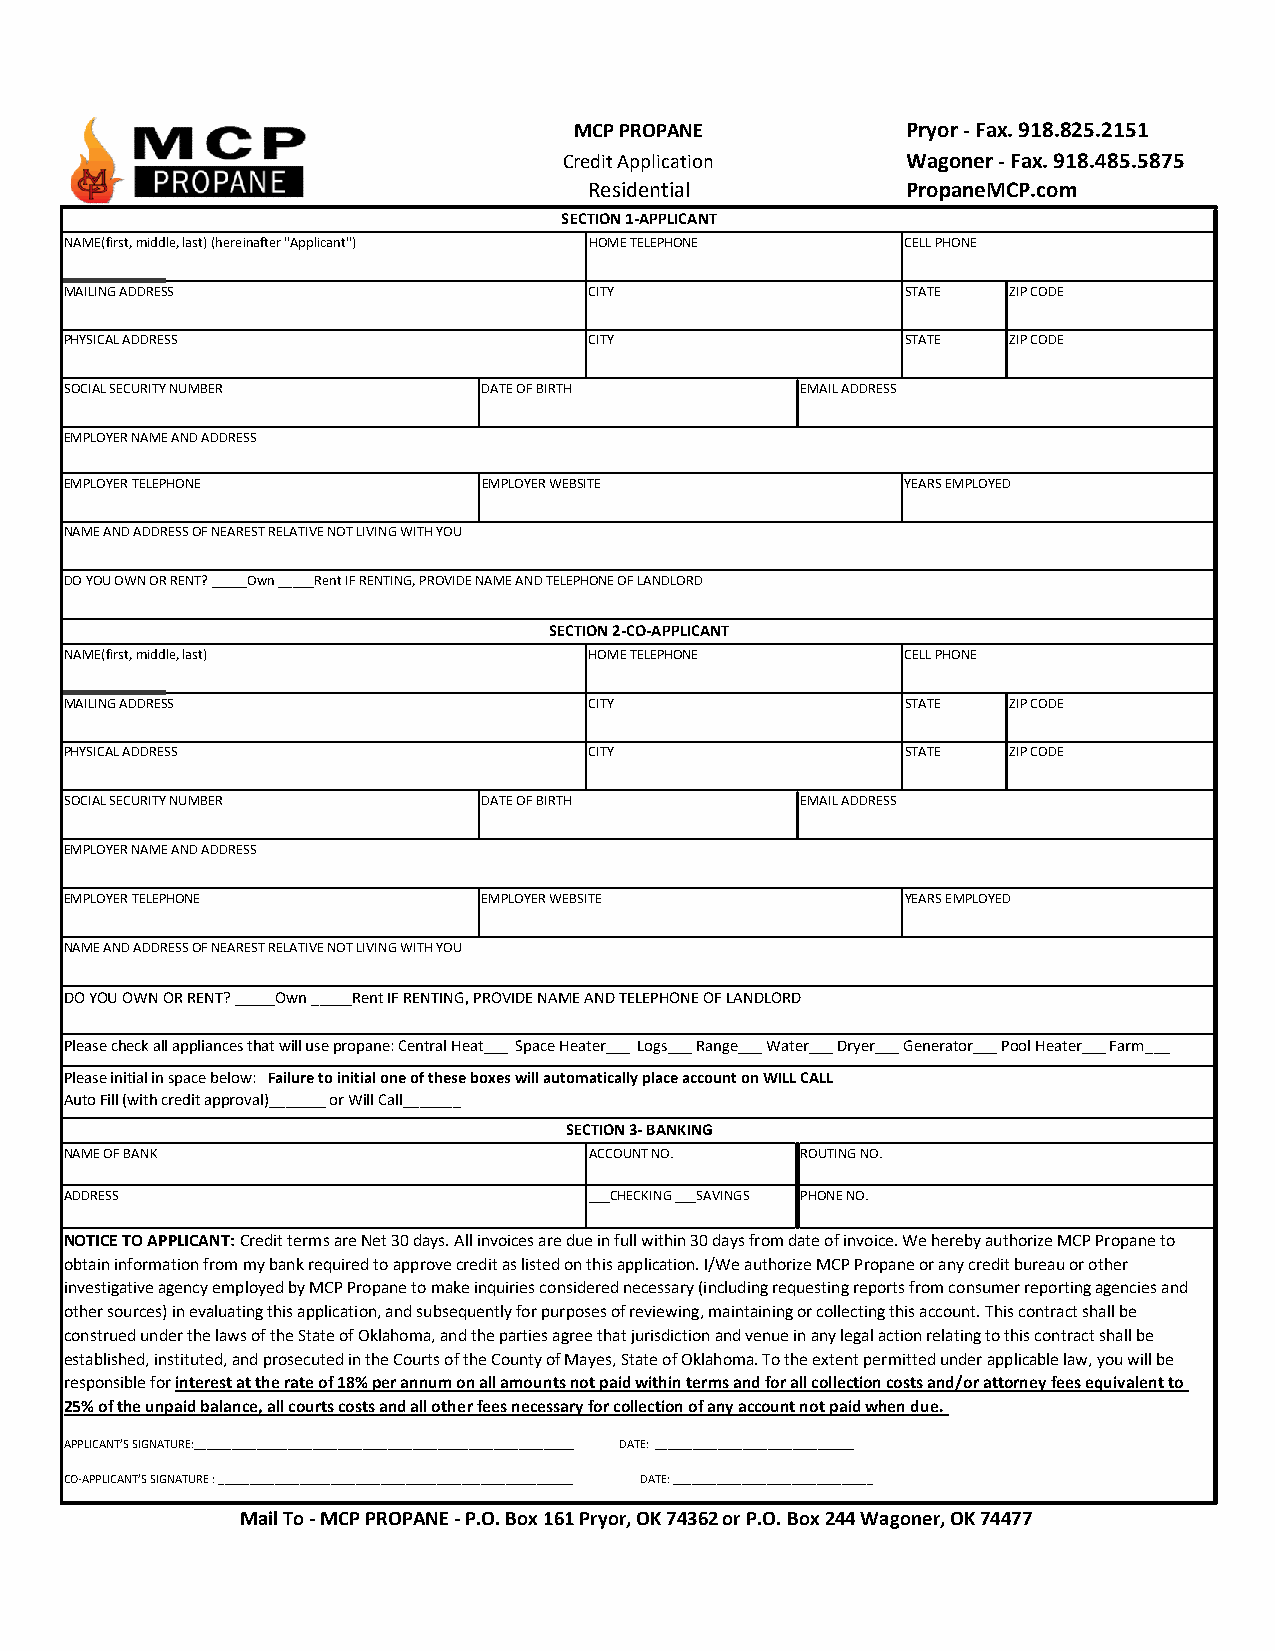
MCP PROPANE           Pryor - Fax. 918.825.2151
 Credit Application     Wagoner - Fax. 918.485.5875
 Residential          PropaneMCP.com
 SECTION 1-APPLICANT
 NAME(first, middle, last) (hereinafter "Applicant") HOME TELEPHONE CELL PHONE
 MAILING ADDRESS                    CITY                 STATE  ZIP CODE
 PHYSICAL ADDRESS                   CITY                 STATE  ZIP CODE
 SOCIAL SECURITY NUMBER      DATE OF BIRTH        EMAIL ADDRESS
 EMPLOYER NAME AND ADDRESS
 EMPLOYER TELEPHONE          EMPLOYER WEBSITE            YEARS EMPLOYED
 NAME AND ADDRESS OF NEAREST RELATIVE NOT LIVING WITH YOU
 DO YOU OWN OR RENT? _____Own _____Rent IF RENTING, PROVIDE NAME AND TELEPHONE OF LANDLORD
 SECTION 2-CO-APPLICANT
 NAME(first, middle, last)          HOME TELEPHONE       CELL PHONE
 MAILING ADDRESS                    CITY                 STATE  ZIP CODE
 PHYSICAL ADDRESS                   CITY                 STATE  ZIP CODE
 SOCIAL SECURITY NUMBER      DATE OF BIRTH        EMAIL ADDRESS
 EMPLOYER NAME AND ADDRESS
 EMPLOYER TELEPHONE          EMPLOYER WEBSITE            YEARS EMPLOYED
 NAME AND ADDRESS OF NEAREST RELATIVE NOT LIVING WITH YOU
 DO YOU OWN OR RENT? _____Own _____Rent IF RENTING, PROVIDE NAME AND TELEPHONE OF LANDLORD
 Please check all appliances that will use propane: Central Heat___ Space Heater___ Logs___ Range___ Water___ Dryer___ Generator___ Pool Heater___ Farm___
 Please initial in space below: Failure to initial one of these boxes will automatically place account on WILL CALL
 Auto Fill (with credit approval)_______ or Will Call_______
 SECTION 3- BANKING
 NAME OF BANK                       ACCOUNT NO.   ROUTING NO.
 ADDRESS                            ___CHECKING ___SAVINGS PHONE NO.
 NOTICE TO APPLICANT: Credit terms are Net 30 days. All invoices are due in full within 30 days from date of invoice. We hereby authorize MCP Propane to
 obtain information from my bank required to approve credit as listed on this application. I/We authorize MCP Propane or any credit bureau or other
 investigative agency employed by MCP Propane to make inquiries considered necessary (including requesting reports from consumer reporting agencies and
 other sources) in evaluating this application, and subsequently for purposes of reviewing, maintaining or collecting this account. This contract shall be
 construed under the laws of the State of Oklahoma, and the parties agree that jurisdiction and venue in any legal action relating to this contract shall be
 established, instituted, and prosecuted in the Courts of the County of Mayes, State of Oklahoma. To the extent permitted under applicable law, you will be
 responsible for interest at the rate of 18% per annum on all amounts not paid within terms and for all collection costs and/or attorney fees equivalent to
 25% of the unpaid balance, all courts costs and all other fees necessary for collection of any account not paid when due.
 APPLICANT’S SIGNATURE:_____________________________________________________________ DATE: ________________________________
 CO-APPLICANT’S SIGNATURE : _________________________________________________________ DATE: ________________________________
 Mail To - MCP PROPANE - P.O. Box 161 Pryor, OK 74362 or P.O. Box 244 Wagoner, OK 74477